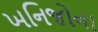
ખનિજોના